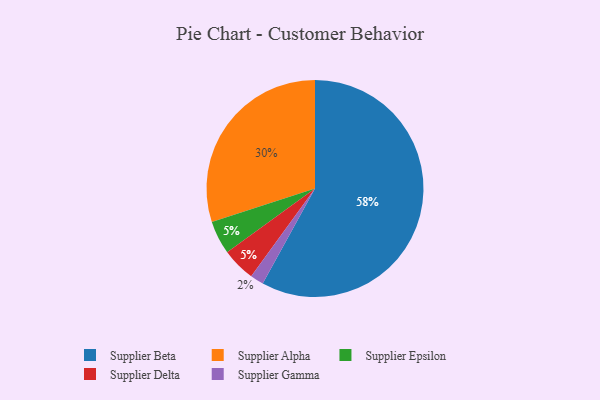
{"axis": {"x": "Category", "y": "Percentage"}, "legend": ["Supplier Alpha", "Supplier Beta", "Supplier Delta", "Supplier Epsilon", "Supplier Gamma"], "data": [{"x": "Supplier Epsilon", "y": 5, "type": "Supplier Epsilon"}, {"x": "Supplier Beta", "y": 58, "type": "Supplier Beta"}, {"x": "Supplier Delta", "y": 5, "type": "Supplier Delta"}, {"x": "Supplier Gamma", "y": 2, "type": "Supplier Gamma"}, {"x": "Supplier Alpha", "y": 30, "type": "Supplier Alpha"}]}